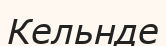
Кельнде